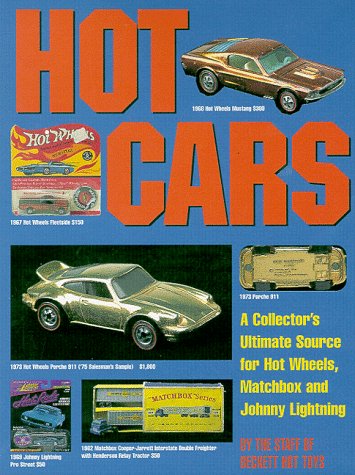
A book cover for Hot Cars: A Collectors Ultimate Source for Hot Wheels, Matchbox and Johnny Lightning; Beckett Publications; Crafts, Hobbies & Home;